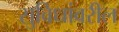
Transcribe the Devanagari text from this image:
सुविधांवरील